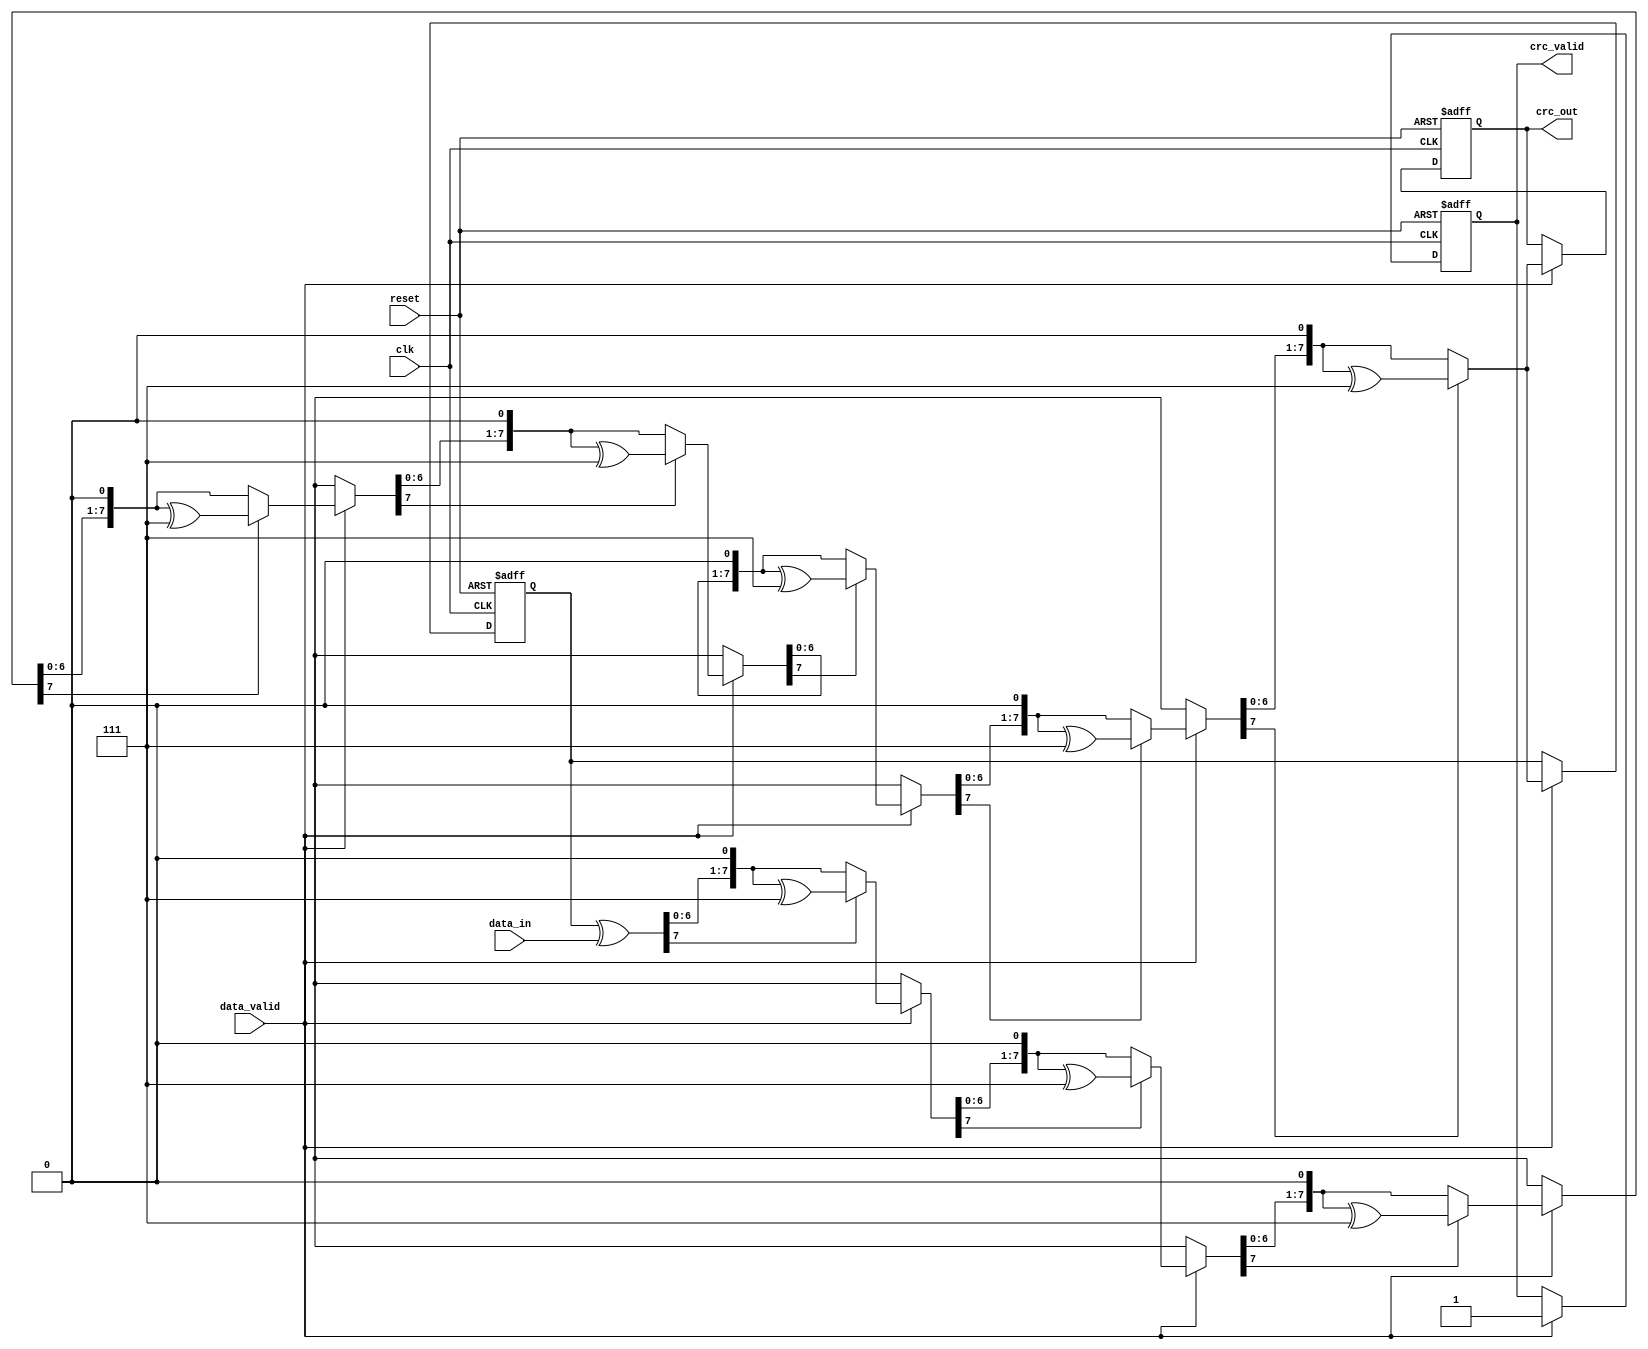
module parameterized_crc #(
    parameter CRC_WIDTH = 8,            // Width of the CRC output
    parameter POLYNOMIAL = 8'h07,       // CRC polynomial (example: x^8 + x^2 + x + 1)
    parameter INIT_CRC = 8'h00,          // Initial CRC value
    parameter INPUT_WIDTH = 8            // Width of the input data
)(
    input wire clk,                      // Clock signal
    input wire reset,                    // Active-high reset
    input wire [INPUT_WIDTH-1:0] data_in, // Input data stream
    input wire data_valid,               // Signal indicating valid data
    output reg [CRC_WIDTH-1:0] crc_out, // Computed CRC output
    output reg crc_valid                 // Signal indicating valid CRC output
);

    reg [CRC_WIDTH-1:0] crc_reg;        // Internal CRC register
    integer i;                           // Loop index

    always @(posedge clk or posedge reset) begin
        if (reset) begin
            crc_reg <= INIT_CRC;         // Reset CRC register to initial value
            crc_out <= INIT_CRC;         // Reset output CRC
            crc_valid <= 1'b0;           // CRC output not valid
        end else if (data_valid) begin
            // Process the input data for CRC calculation
            crc_reg = crc_reg ^ data_in; // XOR input data with current CRC
            
            // Perform polynomial division
            for (i = 0; i < INPUT_WIDTH; i = i + 1) begin
                if (crc_reg[CRC_WIDTH-1]) begin
                    crc_reg = (crc_reg << 1) ^ POLYNOMIAL; // Shift and XOR with polynomial
                end else begin
                    crc_reg = crc_reg << 1; // Just shift
                end
            end
            
            crc_out <= crc_reg;           // Update the CRC output
            crc_valid <= 1'b1;            // Indicate CRC output is valid
        end
    end

endmodule